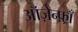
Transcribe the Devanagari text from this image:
ऑज़ेन्फ़्राँ